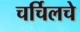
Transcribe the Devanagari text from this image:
चर्चिलचे